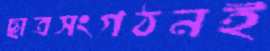
ছাত্রসংগঠনই